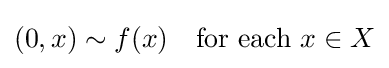
(0,x)\sim f(x)\quad {\text{for each }}x\in X